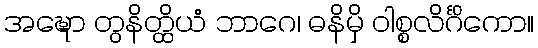
အဍ္ဎော တွနိတ္ထိယံ ဘာဂေ၊ ဓနိမှိ ဝါစ္စလိင်္ဂိကော။